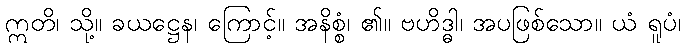
ဣတိ၊ သို့။ ခယဋ္ဌေန၊ ကြောင့်။ အနိစ္စံ၊ ၏။ ဗဟိဒ္ဓါ၊ အပဖြစ်သော။ ယံ ရူပံ၊